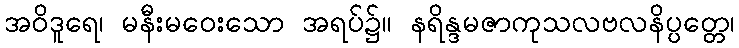
အဝိဒူရေ၊ မနီးမဝေးသော အရပ်၌။ နရိန္ဒမဇာကုသလဗလနိပ္ပတ္တေ၊